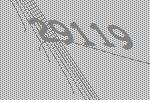
29119